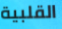
القلبية